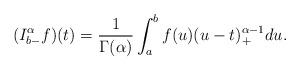
LaTeX: \begin{align*} (I^\alpha_{b-} f)(t) = \frac{1} {\Gamma(\alpha)} \int^{b}_a f(u) (u - t)^{\alpha -1}_+ du. \end{align*}